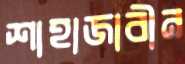
শাহাজাবীন